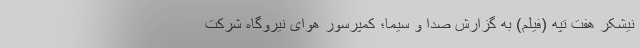
نیشکر هفت تپه (فیلم) به گزارش صدا و سیما؛ کمپرسور هوای نیروگاهِ شرکت